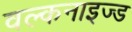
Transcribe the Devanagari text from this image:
वल्कनाइज्ड